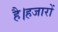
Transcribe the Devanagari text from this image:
है।हजारों